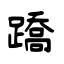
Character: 蹻